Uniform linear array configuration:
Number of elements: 32
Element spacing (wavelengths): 0.25
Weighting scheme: hamming
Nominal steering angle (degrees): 15
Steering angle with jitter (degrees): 13.137
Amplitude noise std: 0.05
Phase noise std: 0.05

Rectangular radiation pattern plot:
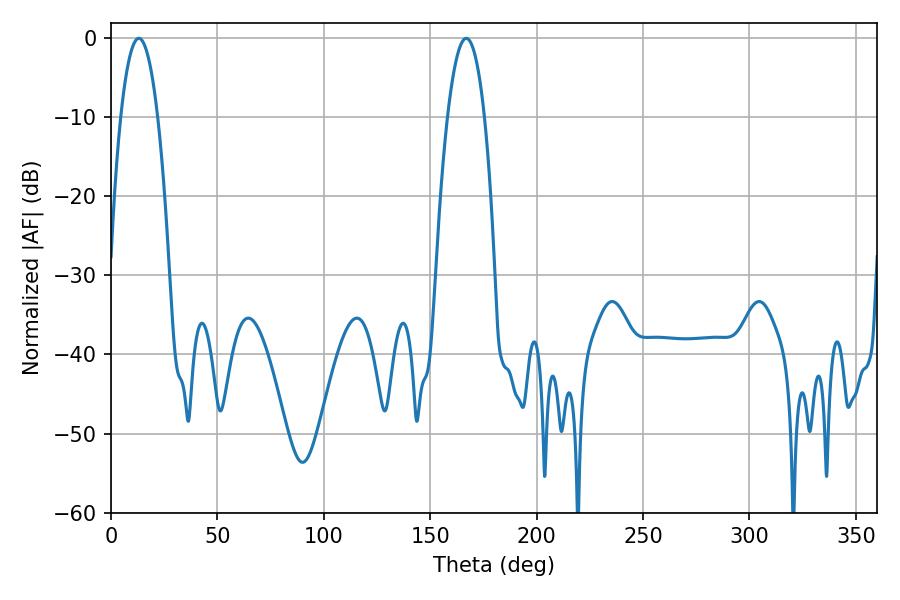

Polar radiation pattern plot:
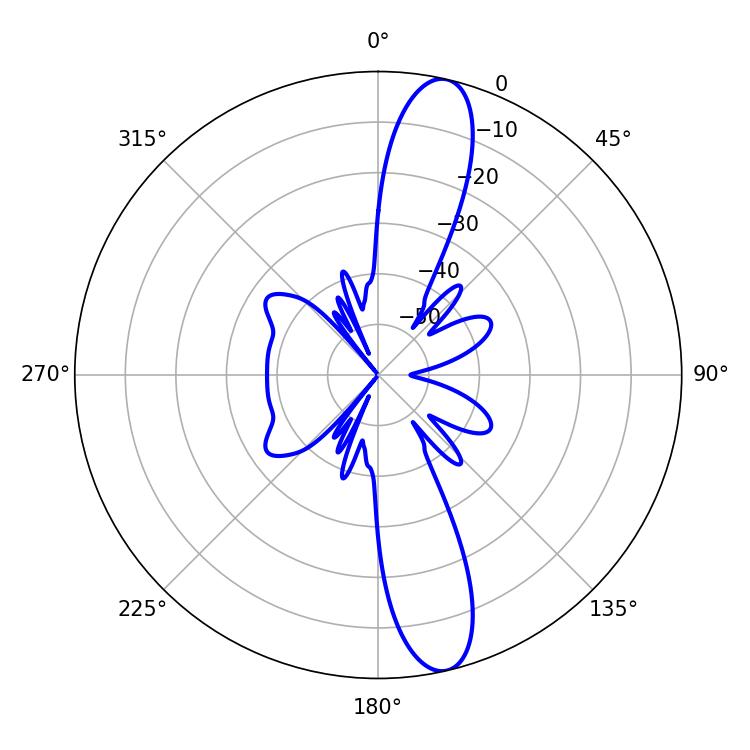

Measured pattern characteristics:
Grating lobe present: FALSE
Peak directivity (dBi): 13.897
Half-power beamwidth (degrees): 9.72
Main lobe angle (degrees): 13.14